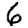
Digit: 6